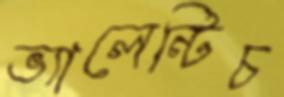
ভ্যালেন্টিচ